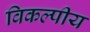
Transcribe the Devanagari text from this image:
विकल्पीय